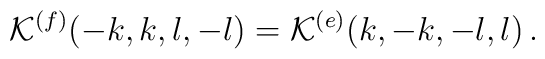
{\cal K}^{(f)}(-k,k,l,-l)={\cal K}^{(e)}(k,-k,-l,l)\, .